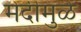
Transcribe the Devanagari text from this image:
मेंदीमुळे